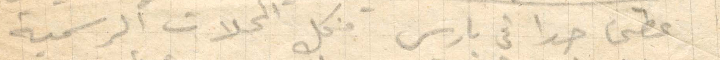
حطى حدا في باريس فكل المحلات الرسمية